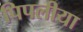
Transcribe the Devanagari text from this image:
पिपलीया